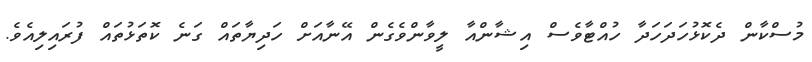
މުސްކާން ދެކޮޅުހަދަހަދާ ހުއްޓާވެސް އިޝާންއާ ލީވާންވެގެން އޭނާއަށް ހަދިޔާތައް ގަނެ ކޮތަޅުތައް ފުރައިލިއެވެ.